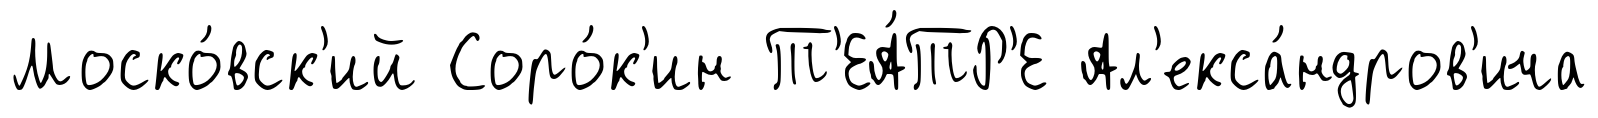
Моско́вск'ий Соро́к'ин Т'ЕА́ТР'Е Ал'екса́ндров'ича